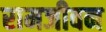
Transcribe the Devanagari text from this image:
रामजीवन